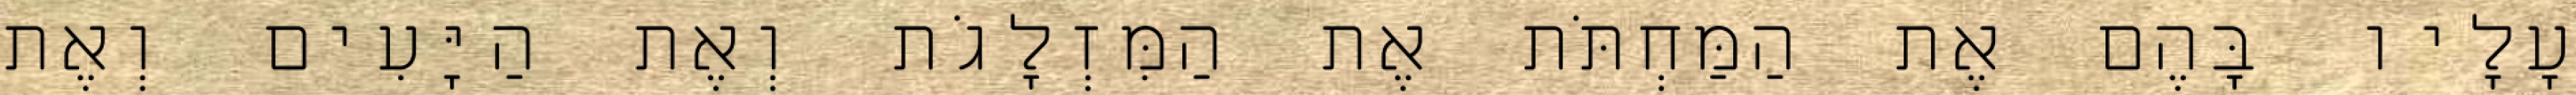
עָלָיו בָּהֶם אֶת הַמַּחְתֹּת אֶת הַמִּזְלָגֹת וְאֶת הַיָּעִים וְאֶת